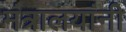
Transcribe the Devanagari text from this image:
मंत्रालयांनी